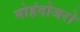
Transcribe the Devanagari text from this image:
मोहंदोजरो